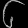
Digit: ၆